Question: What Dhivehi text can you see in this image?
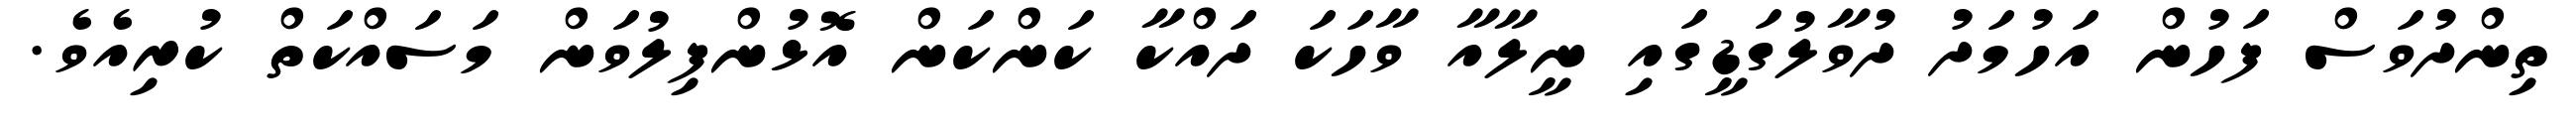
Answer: ތިންދުވަސް ފަހުން އަހުމަދު ދުވާލުގަޑީގައި ނީލާއާ ވާހަކަ ދައްކާ ކަންކަން އޮޅުންފިލުވަން މަސައްކަތް ކުރިއެވެ.